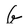
Character: G